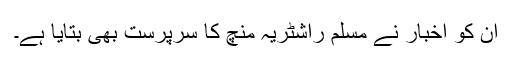
ان کو اخبار نے مسلم راشٹریہ منچ کا سرپرست بھی بتایا ہے۔